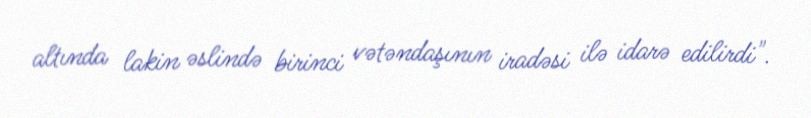
altında lakin əslində birinci vətəndaşının iradəsi ilə idarə edilirdi".